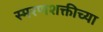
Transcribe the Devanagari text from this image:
स्मरणशक्तीच्या